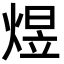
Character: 煜